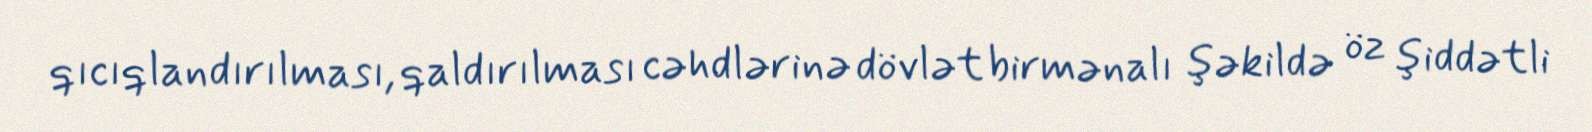
qıcıqlandırılması, qaldırılması cəhdlərinə dövlət birmənalı şəkildə öz şiddətli